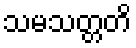
သမသတ္တတိ